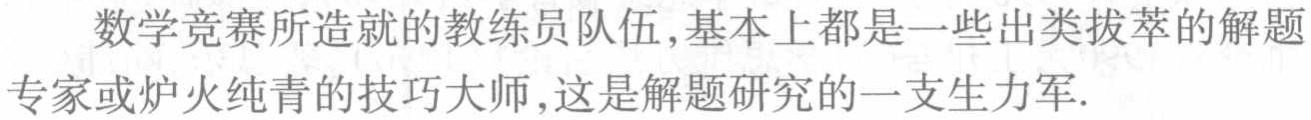
数学竞赛所造就的教练员队伍,基本上都是一些出类拔萃的解题专家或炉火纯青的技巧大师,这是解题研究的一支生力军.